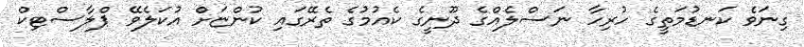
ގިނަވެ ކަނޑުމަތީގެ ހުރިހާ ނަސްލެއްގެ ދޫނީގެ ކެއުމުގެ ތެރޭގައި ކުންޏަށް އުކަލެވޭ ޕްލާސްޓިކް